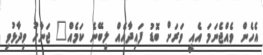
އެހެން ވެއްޖެނަމަ އެއީ ވަރަށް ބޮޑު ފައިދާއެއް ލިބޭނެ ކަމެއް" ޖަނާހު ވިދާޅުވި